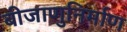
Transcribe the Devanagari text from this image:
बीजाणुनिर्माण